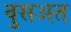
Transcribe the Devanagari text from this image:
वुसअत